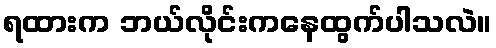
ရထားက ဘယ်လိုင်းကနေထွက်ပါသလဲ။